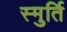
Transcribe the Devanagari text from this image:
स्मुर्ति